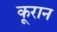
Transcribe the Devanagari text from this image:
कूरान